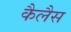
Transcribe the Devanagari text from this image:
कैलैस